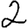
Digit: 2